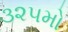
૩૨૫મો